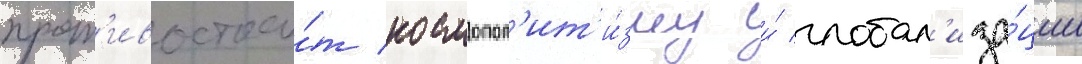
прот'ивостои́т космопол'ит'и́зму и́ глобал'иза́ции